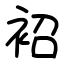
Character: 袑